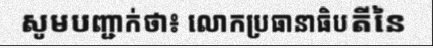
សូមបញ្ជាក់ថា៖ លោកប្រធានាធិបតីនៃ